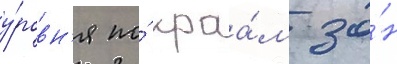
у́ровн'я по́ краа́м зо́н